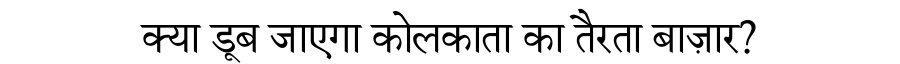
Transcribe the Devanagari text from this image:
क्या डूब जाएगा कोलकाता का तैरता बाज़ार?